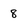
Character: 8